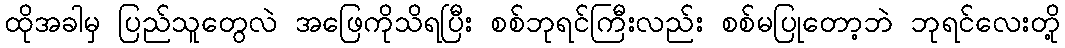
ထိုအခါမှ ပြည်သူတွေလဲ အဖြေကိုသိရပြီး စစ်ဘုရင်ကြီးလည်း စစ်မပြုတော့ဘဲ ဘုရင်လေးတို့